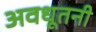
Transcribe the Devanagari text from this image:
अवधूतनी